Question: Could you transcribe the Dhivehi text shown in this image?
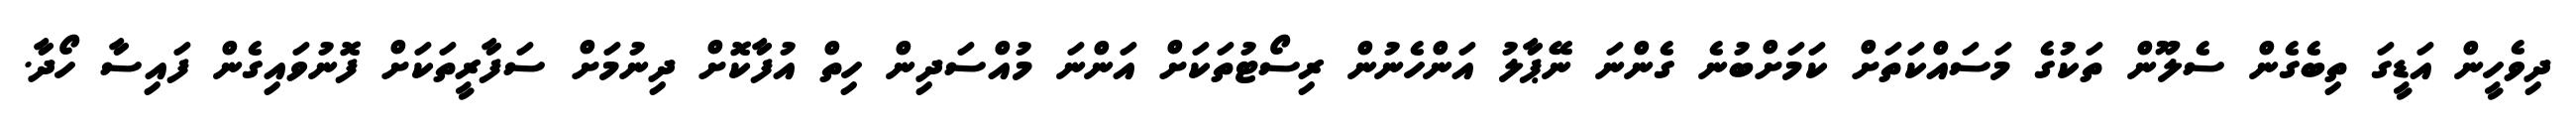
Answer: ދިވެހީން އަޑީގަ ތިބެގެން ސެލޫން ތަކުގެ މަސައްކަތަށް ކަމަށްބުނެ ގެންނަ ނޭޕާލު އަންހެނުން ރިސޯޓުތަކަށް އަންނަ މުއްސަދިން ހިތް އުފާކޮށް ދިނުމަށް ސަފާރީތަކަށް ފޮނުވައިގެން ފައިސާ ހޯދާ.